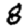
Digit: 8